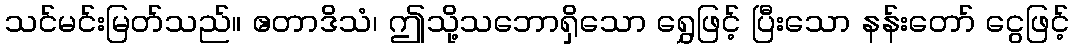
သင်မင်းမြတ်သည်။ ဧတာဒိသံ၊ ဤသို့သဘောရှိသော ရွှေဖြင့် ပြီးသော နန်းတော် ငွေဖြင့်